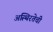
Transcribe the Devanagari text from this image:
अस्थिरतेची